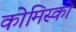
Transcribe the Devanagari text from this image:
कोमिस्को